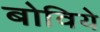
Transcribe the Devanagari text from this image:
बोविये